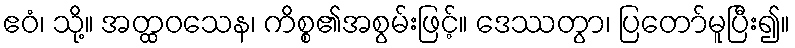
ဧဝံ၊ သို့။ အတ္ထဝသေန၊ ကိစ္စ၏အစွမ်းဖြင့်။ ဒေဿတွာ၊ ပြတော်မူပြီး၍။